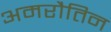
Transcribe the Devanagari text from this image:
अमरौतिन